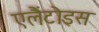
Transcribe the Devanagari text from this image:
एलैंटोइस